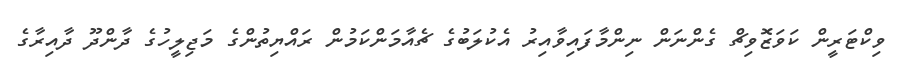
ވިކްޓަރީން ކަވަޒޮވިޗް ގެންނަން ނިންމާފައިވާއިރު އެކުލަބުގެ ޗެއާމަންކަމުން ރައްޔިތުންގެ މަޖިލީހުގެ ދާންދޫ ދާއިރާގެ